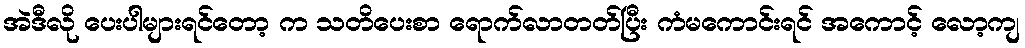
အဲဒီလို ပေးပါများရင်တော့ က သတိပေးစာ ရောက်လာတတ်ပြီး ကံမကောင်းရင် အကောင့် လော့ကျ